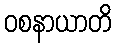
ဝစနာယာတိ